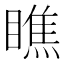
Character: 瞧